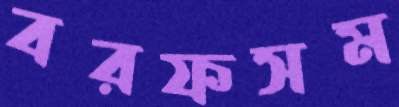
বরফসম